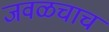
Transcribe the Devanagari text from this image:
जवळचाच